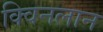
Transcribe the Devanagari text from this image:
क्विनलान